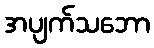
အပျက်သဘော